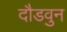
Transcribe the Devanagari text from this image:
दौडवुन